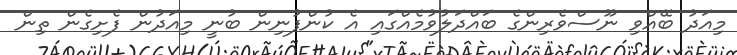
މިއަދު ބޭއްވި ނޫސްވެރިންގެ ބައްދަލުވުމެއްގައި އެ ކުންފުނިން ބުނީ މިއަދުން ފެށިގެން ތިން